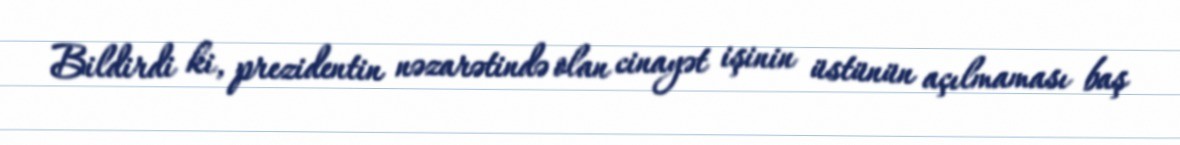
Bildirdi ki, prezidentin nəzarətində olan cinayət işinin üstünün açılmaması baş